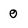
Character: 0